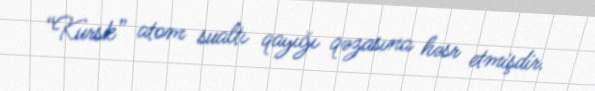
“Kursk” atom sualtı qayığı qəzasına həsr etmişdir.